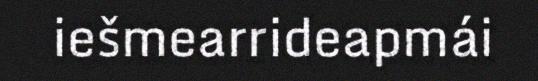
iešmearrideapmái